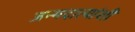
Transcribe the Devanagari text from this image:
जन्मदात्यांशी